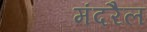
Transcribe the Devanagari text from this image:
मंदरैल